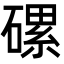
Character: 磥